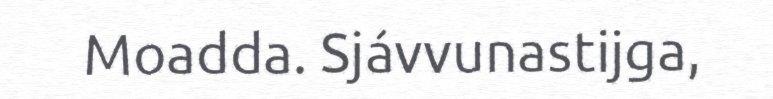
Moadda. Sjávvunastijga,